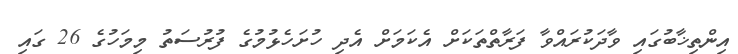
އިންތިޚާބުގައި ވާދަކުރައްވާ ފަރާތްތަކަށް އެކަމަށް އެދި ހުށަހެޅުމުގެ ފުރުސަތު މިމަހުގެ 26 ގައި